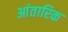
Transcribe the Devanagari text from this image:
आंतारिक